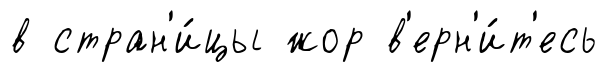
в стран'и́цы жор в'ерн'и́т'есь